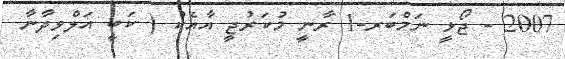
2007 - ޖޯޅީ ނަމްބަރ-1 ރާނީ މުކަރުޖީ އާއެކު ( ކަބީ އަލްވިދާނާ